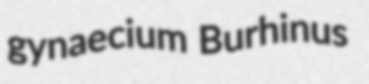
gynaecium Burhinus